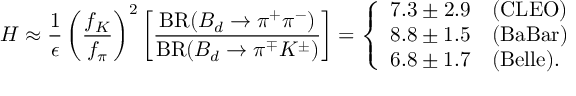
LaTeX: H \approx \frac { 1 } { \epsilon } \left( \frac { f _ { K } } { f _ { \pi } } \right) ^ { 2 } \left[ \frac { \mathrm { B R } ( B _ { d } \to \pi ^ { + } \pi ^ { - } ) } { \mathrm { B R } ( B _ { d } \to \pi ^ { \mp } K ^ { \pm } ) } \right] = \left\{ \begin{array} { l l } { { 7 . 3 \pm 2 . 9 } } & { { \mathrm { ( C L E O ) } } } \\ { { 8 . 8 \pm 1 . 5 } } & { { \mathrm { ( B a B a r ) } } } \\ { { 6 . 8 \pm 1 . 7 } } & { { \mathrm { ( B e l l e ) . } } } \end{array} \right.